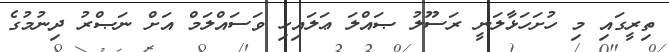
ތިރީގައި މި ހުށަހަޅާލަނީ ރަސޫލު ޞައްލަ ޢަލައިހި ވަސައްލަމް އަށް ނަޞްރު ދިނުމުގެ